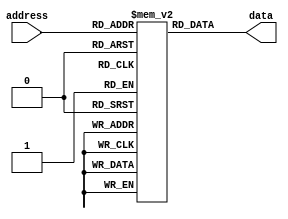
module ROM (
    input wire [7:0] address,
    output reg [7:0] data
);

reg [7:0] mem [0:255]; // Define memory array with 256 locations

initial
begin
    // Initialize memory content
    mem[0] = 8'b00000000;
    mem[1] = 8'b00000001;
    // Add more entries as needed
    
    // Default output
    data = 8'b00000000;
end

always @ (address)
begin
    // Update output based on input address
    data = mem[address];
end

endmodule